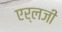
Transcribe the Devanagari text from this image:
एर्लजी